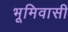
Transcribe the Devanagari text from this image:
भूमिवासी